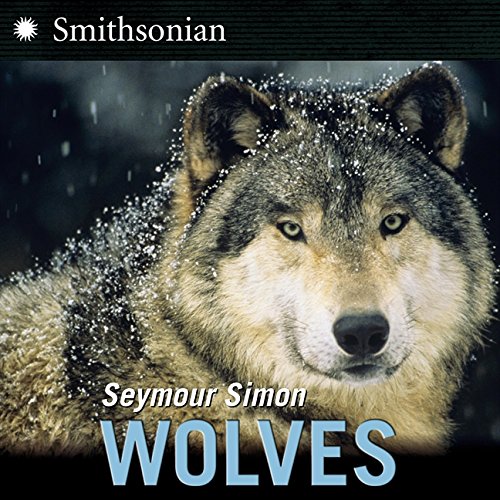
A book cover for Wolves; Seymour Simon; Science & Math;